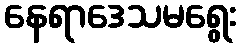
နေရာဒေသမရွေး